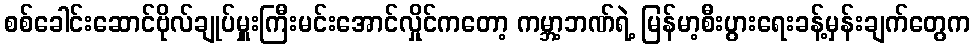
စစ်ခေါင်းဆောင်ဗိုလ်ချုပ်မှူးကြီးမင်းအောင်လှိုင်ကတော့ ကမ္ဘာ့ဘဏ်ရဲ့ မြန်မာ့စီးပွားရေးခန့်မှန်းချက်တွေက